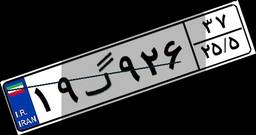
۱۹گ۹۲۶۳۷